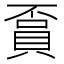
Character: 𧶏